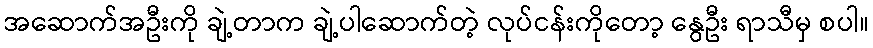
အဆောက်အဦးကို ချဲ့တာက ချဲ့ပါဆောက်တဲ့ လုပ်ငန်းကိုတော့ နွေဦး ရာသီမှ စပါ။